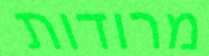
מרודות